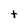
Character: t